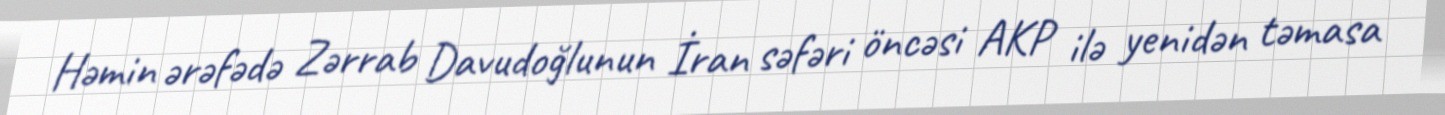
Həmin ərəfədə Zərrab Davudoğlunun İran səfəri öncəsi AKP ilə yenidən təmasa